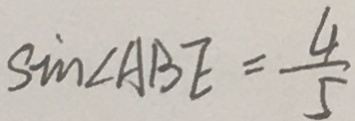
\sin \angle A B E = \frac { 4 } { 5 }